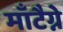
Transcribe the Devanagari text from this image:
माँटैग्ने